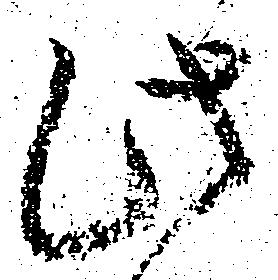
此